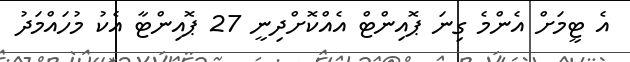
އެ ޓީމަށް އެންމެ ގިނަ ޕޮއިންޓް އެއްކޮށްދިނީ 27 ޕޮއިންޓާ އެކު މުހައްމަދު